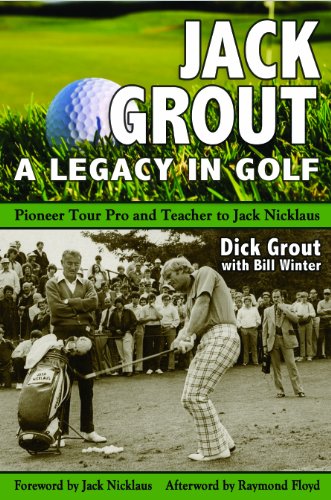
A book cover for Jack Grout: A Legacy in Golf; Dick Grout; Biographies & Memoirs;